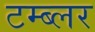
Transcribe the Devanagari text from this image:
टम्ब्लर